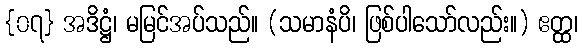
{၀၇} အဒိဋ္ဌံ၊ မမြင်အပ်သည်။ (သမာနံပိ၊ ဖြစ်ပါသော်လည်း။) ဧတ္ထ၊